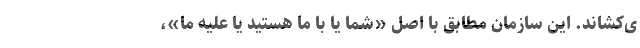
ی‌کشاند. این سازمان مطابق با اصل «شما یا با ما هستید یا علیه ما»،